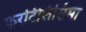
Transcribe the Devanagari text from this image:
फरटिलिसिमा